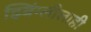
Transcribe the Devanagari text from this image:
झ्विंग्लीलाही